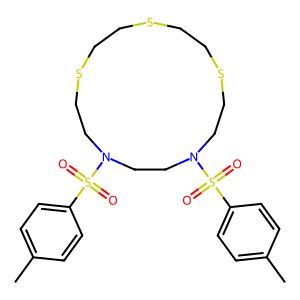
SMILES: Cc1ccc(S(=O)(=O)N2CCSCCSCCSCCN(S(=O)(=O)c3ccc(C)cc3)CC2)cc1
Inhibits HIV replication: No